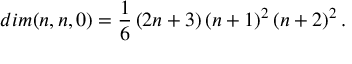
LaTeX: d i m ( n , n , 0 ) = \frac { 1 } { 6 } \left( 2 n + 3 \right) \left( n + 1 \right) ^ { 2 } \left( n + 2 \right) ^ { 2 } .